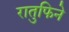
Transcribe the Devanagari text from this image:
रातुफिने